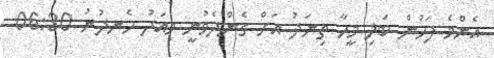
އެންމެ ފަހުން ބަލި މީހާ ތިނަދު އަށް ގެންދެވުނީ މިއަދު ހެނދުނު 06:30